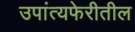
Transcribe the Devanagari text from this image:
उपांत्यफेरीतील